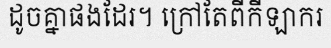
ដូចគ្នាផងដែរ។ ក្រៅតែពីកីឡាករ